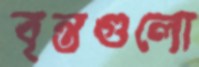
বৃন্তগুলো